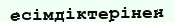
есімдіктерінен